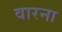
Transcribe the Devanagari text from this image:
वारना